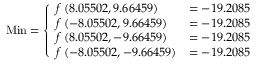
{ \mathrm { M i n } } = { \left\{ \begin{array} { l l } { f \left( 8 . 0 5 5 0 2 , 9 . 6 6 4 5 9 \right) } & { = - 1 9 . 2 0 8 5 } \\ { f \left( - 8 . 0 5 5 0 2 , 9 . 6 6 4 5 9 \right) } & { = - 1 9 . 2 0 8 5 } \\ { f \left( 8 . 0 5 5 0 2 , - 9 . 6 6 4 5 9 \right) } & { = - 1 9 . 2 0 8 5 } \\ { f \left( - 8 . 0 5 5 0 2 , - 9 . 6 6 4 5 9 \right) } & { = - 1 9 . 2 0 8 5 } \end{array} \right. }